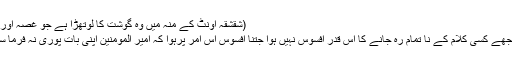
(شقشقہ اونٹ کے منہ میں وہ گوشت کا لوتھڑا ہے جو غصہ اور ہیجان کے وقت باہر نکل آتا ہے )
ابن عباس کہتے ہیں کہ بخدا قسم مجھے کسی کلام کے نا تمام رہ جانے کا اس قدر افسوس نہیں ہوا جتنا افسوس اس امر پرہوا کہ امیر المومنین اپنی بات پوری نہ فرما سکے اور آپ کا کلام نا تمام رہ گیا۔